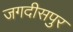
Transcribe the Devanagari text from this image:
जगदीसपुर